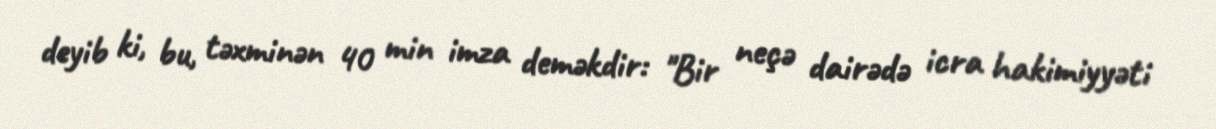
deyib ki, bu, təxminən 40 min imza deməkdir: "Bir neçə dairədə icra hakimiyyəti